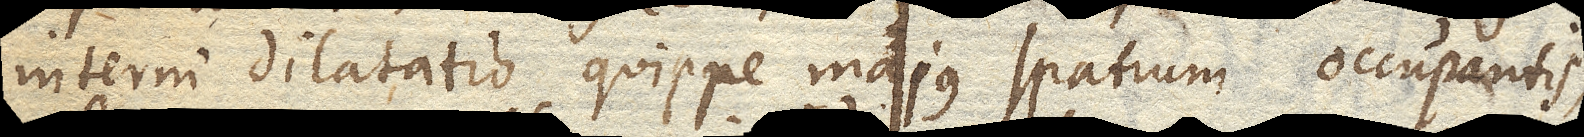
interni dilatatio, quippe majus spatium occupantis,